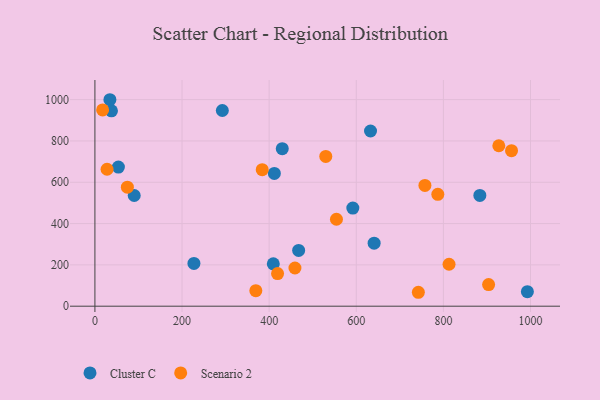
{"axis": {"x": "Price", "y": "Demand"}, "legend": ["Cluster C", "Scenario 2"], "data": [{"x": "411.9", "y": 642.6, "type": "Cluster C"}, {"x": "430.1", "y": 762.6, "type": "Cluster C"}, {"x": "467.7", "y": 269.9, "type": "Cluster C"}, {"x": "992.8", "y": 70.4, "type": "Cluster C"}, {"x": "227.3", "y": 207.2, "type": "Cluster C"}, {"x": "592.1", "y": 475.0, "type": "Cluster C"}, {"x": "883.7", "y": 536.1, "type": "Cluster C"}, {"x": "53.9", "y": 673.5, "type": "Cluster C"}, {"x": "38.0", "y": 946.1, "type": "Cluster C"}, {"x": "90.2", "y": 535.9, "type": "Cluster C"}, {"x": "34.4", "y": 999.6, "type": "Cluster C"}, {"x": "409.5", "y": 205.1, "type": "Cluster C"}, {"x": "641.0", "y": 304.9, "type": "Cluster C"}, {"x": "292.5", "y": 947.5, "type": "Cluster C"}, {"x": "632.7", "y": 848.1, "type": "Cluster C"}, {"x": "927.2", "y": 776.7, "type": "Scenario 2"}, {"x": "530.0", "y": 725.3, "type": "Scenario 2"}, {"x": "74.5", "y": 576.0, "type": "Scenario 2"}, {"x": "903.8", "y": 104.8, "type": "Scenario 2"}, {"x": "787.2", "y": 541.4, "type": "Scenario 2"}, {"x": "17.7", "y": 950.4, "type": "Scenario 2"}, {"x": "384.1", "y": 661.1, "type": "Scenario 2"}, {"x": "554.5", "y": 420.9, "type": "Scenario 2"}, {"x": "459.2", "y": 184.9, "type": "Scenario 2"}, {"x": "742.5", "y": 67.4, "type": "Scenario 2"}, {"x": "369.4", "y": 75.2, "type": "Scenario 2"}, {"x": "757.6", "y": 584.5, "type": "Scenario 2"}, {"x": "419.3", "y": 158.1, "type": "Scenario 2"}, {"x": "27.9", "y": 663.0, "type": "Scenario 2"}, {"x": "813.0", "y": 203.1, "type": "Scenario 2"}, {"x": "956.4", "y": 752.7, "type": "Scenario 2"}]}